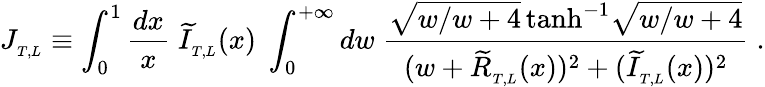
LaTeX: J_{_{T,L}}\equiv\int_{0}^{1}{\frac{dx}{x}}\; \widetilde{I}_{_{T,L}}(x)\; \int_{0}^{+\infty}dw\; {\frac{\sqrt{w/{w+4}}\, \mathrm{tanh}^{-1}\sqrt{w/{w+4}}}{(w+\widetilde{R}_{_{T,L}}(x))^{2}+(\widetilde{I}_{_{T,L}}(x))^{2}}}\; .